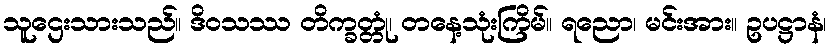
သူဌေးသားသည်။ ဒိဝသဿ တိက္ခတ္တုံ၊ တနေ့သုံးကြိမ်။ ရညော၊ မင်းအား။ ဥပဋ္ဌာနံ၊